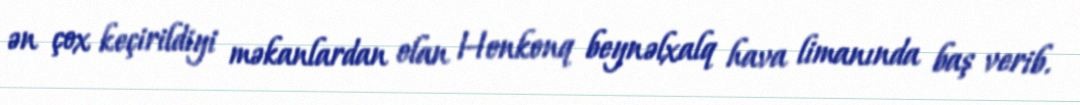
ən çox keçirildiyi məkanlardan olan Honkonq beynəlxalq hava limanında baş verib.